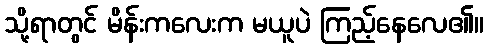
သို့ရာတွင် မိန်းကလေးက မယူပဲ ကြည့်နေလေ၏။